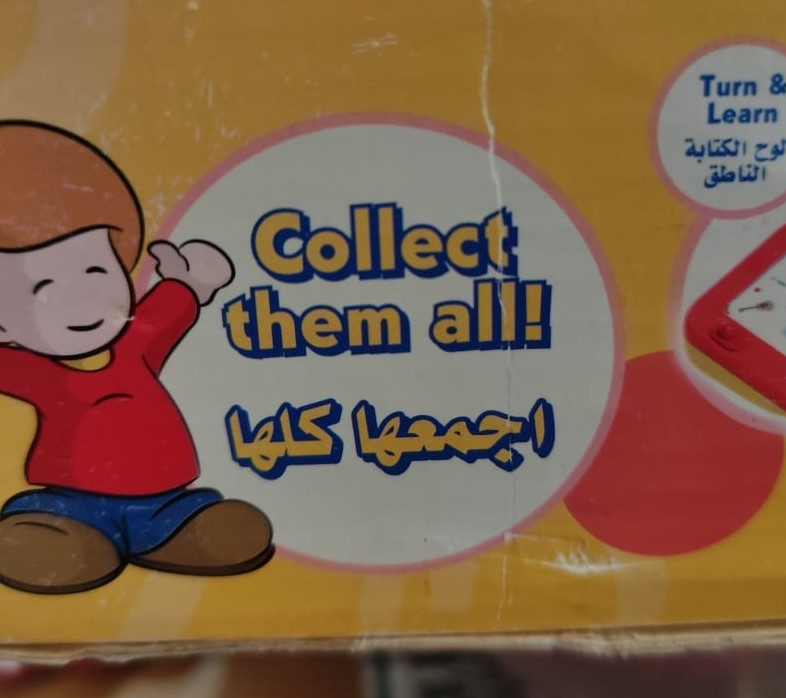
Text in image: الكتابة لوح الناطق اجمعها كلها Turn Learn Collect all! them